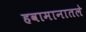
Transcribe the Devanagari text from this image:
हवामानातले